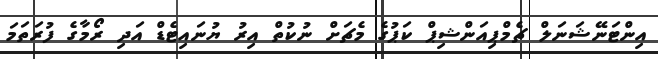
އިންޓަނޭޝަނަލް ޗެމްޕިއަންޝިޕް ކަޕުގެ މެޗަށް ނުކުތް އިރު ޔުނައިޓެޑް އަދި ރޯމާގެ ފުރަތަމަ